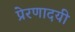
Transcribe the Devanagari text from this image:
प्रेरणादयी